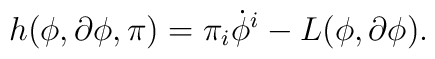
h(\phi, \partial \phi, \pi) = \pi_i \dot{\phi}^i - L(\phi, \partial \phi).